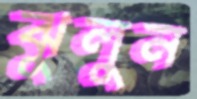
ঝুলুন